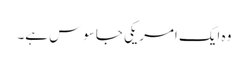
وہ ایک امریکی جاسوس ہے۔